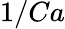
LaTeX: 1/Ca